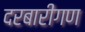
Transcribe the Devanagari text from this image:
दरबारीगण